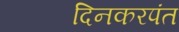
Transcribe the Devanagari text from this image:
दिनकरपंत